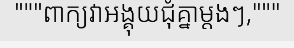
"""ពាក្យវាអង្គុយជុំគ្នាម្តងៗ,"""